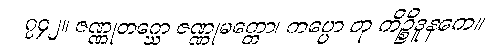
၇၄၂။ ဇဏ္ဏုတဂ္ဃော ဇဏ္ဏုမတ္တော၊ ကပ္ပော တု ကိဉ္စိဒူနကေ။